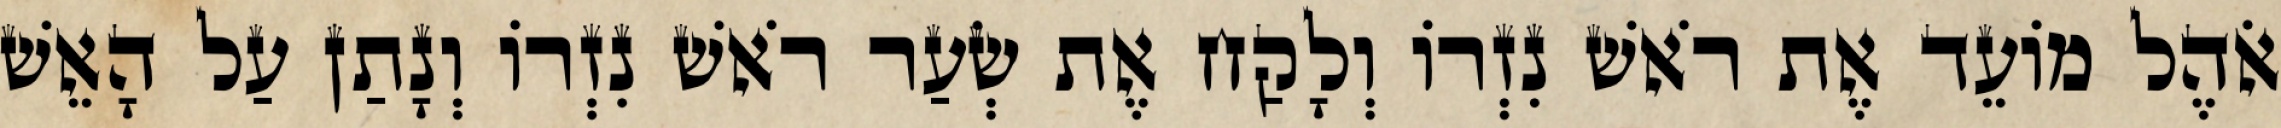
אֹהֶל מוֹעֵד אֶת רֹאשׁ נִזְרוֹ וְלָקַח אֶת שְׂעַר רֹאשׁ נִזְרוֹ וְנָתַן עַל הָאֵשׁ